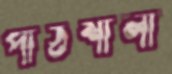
পাঠশালা